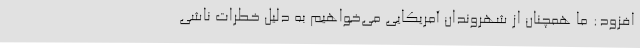
افزود: ما همچنان از شهروندان آمریکایی می‌خواهیم به دلیل خطرات ناشی